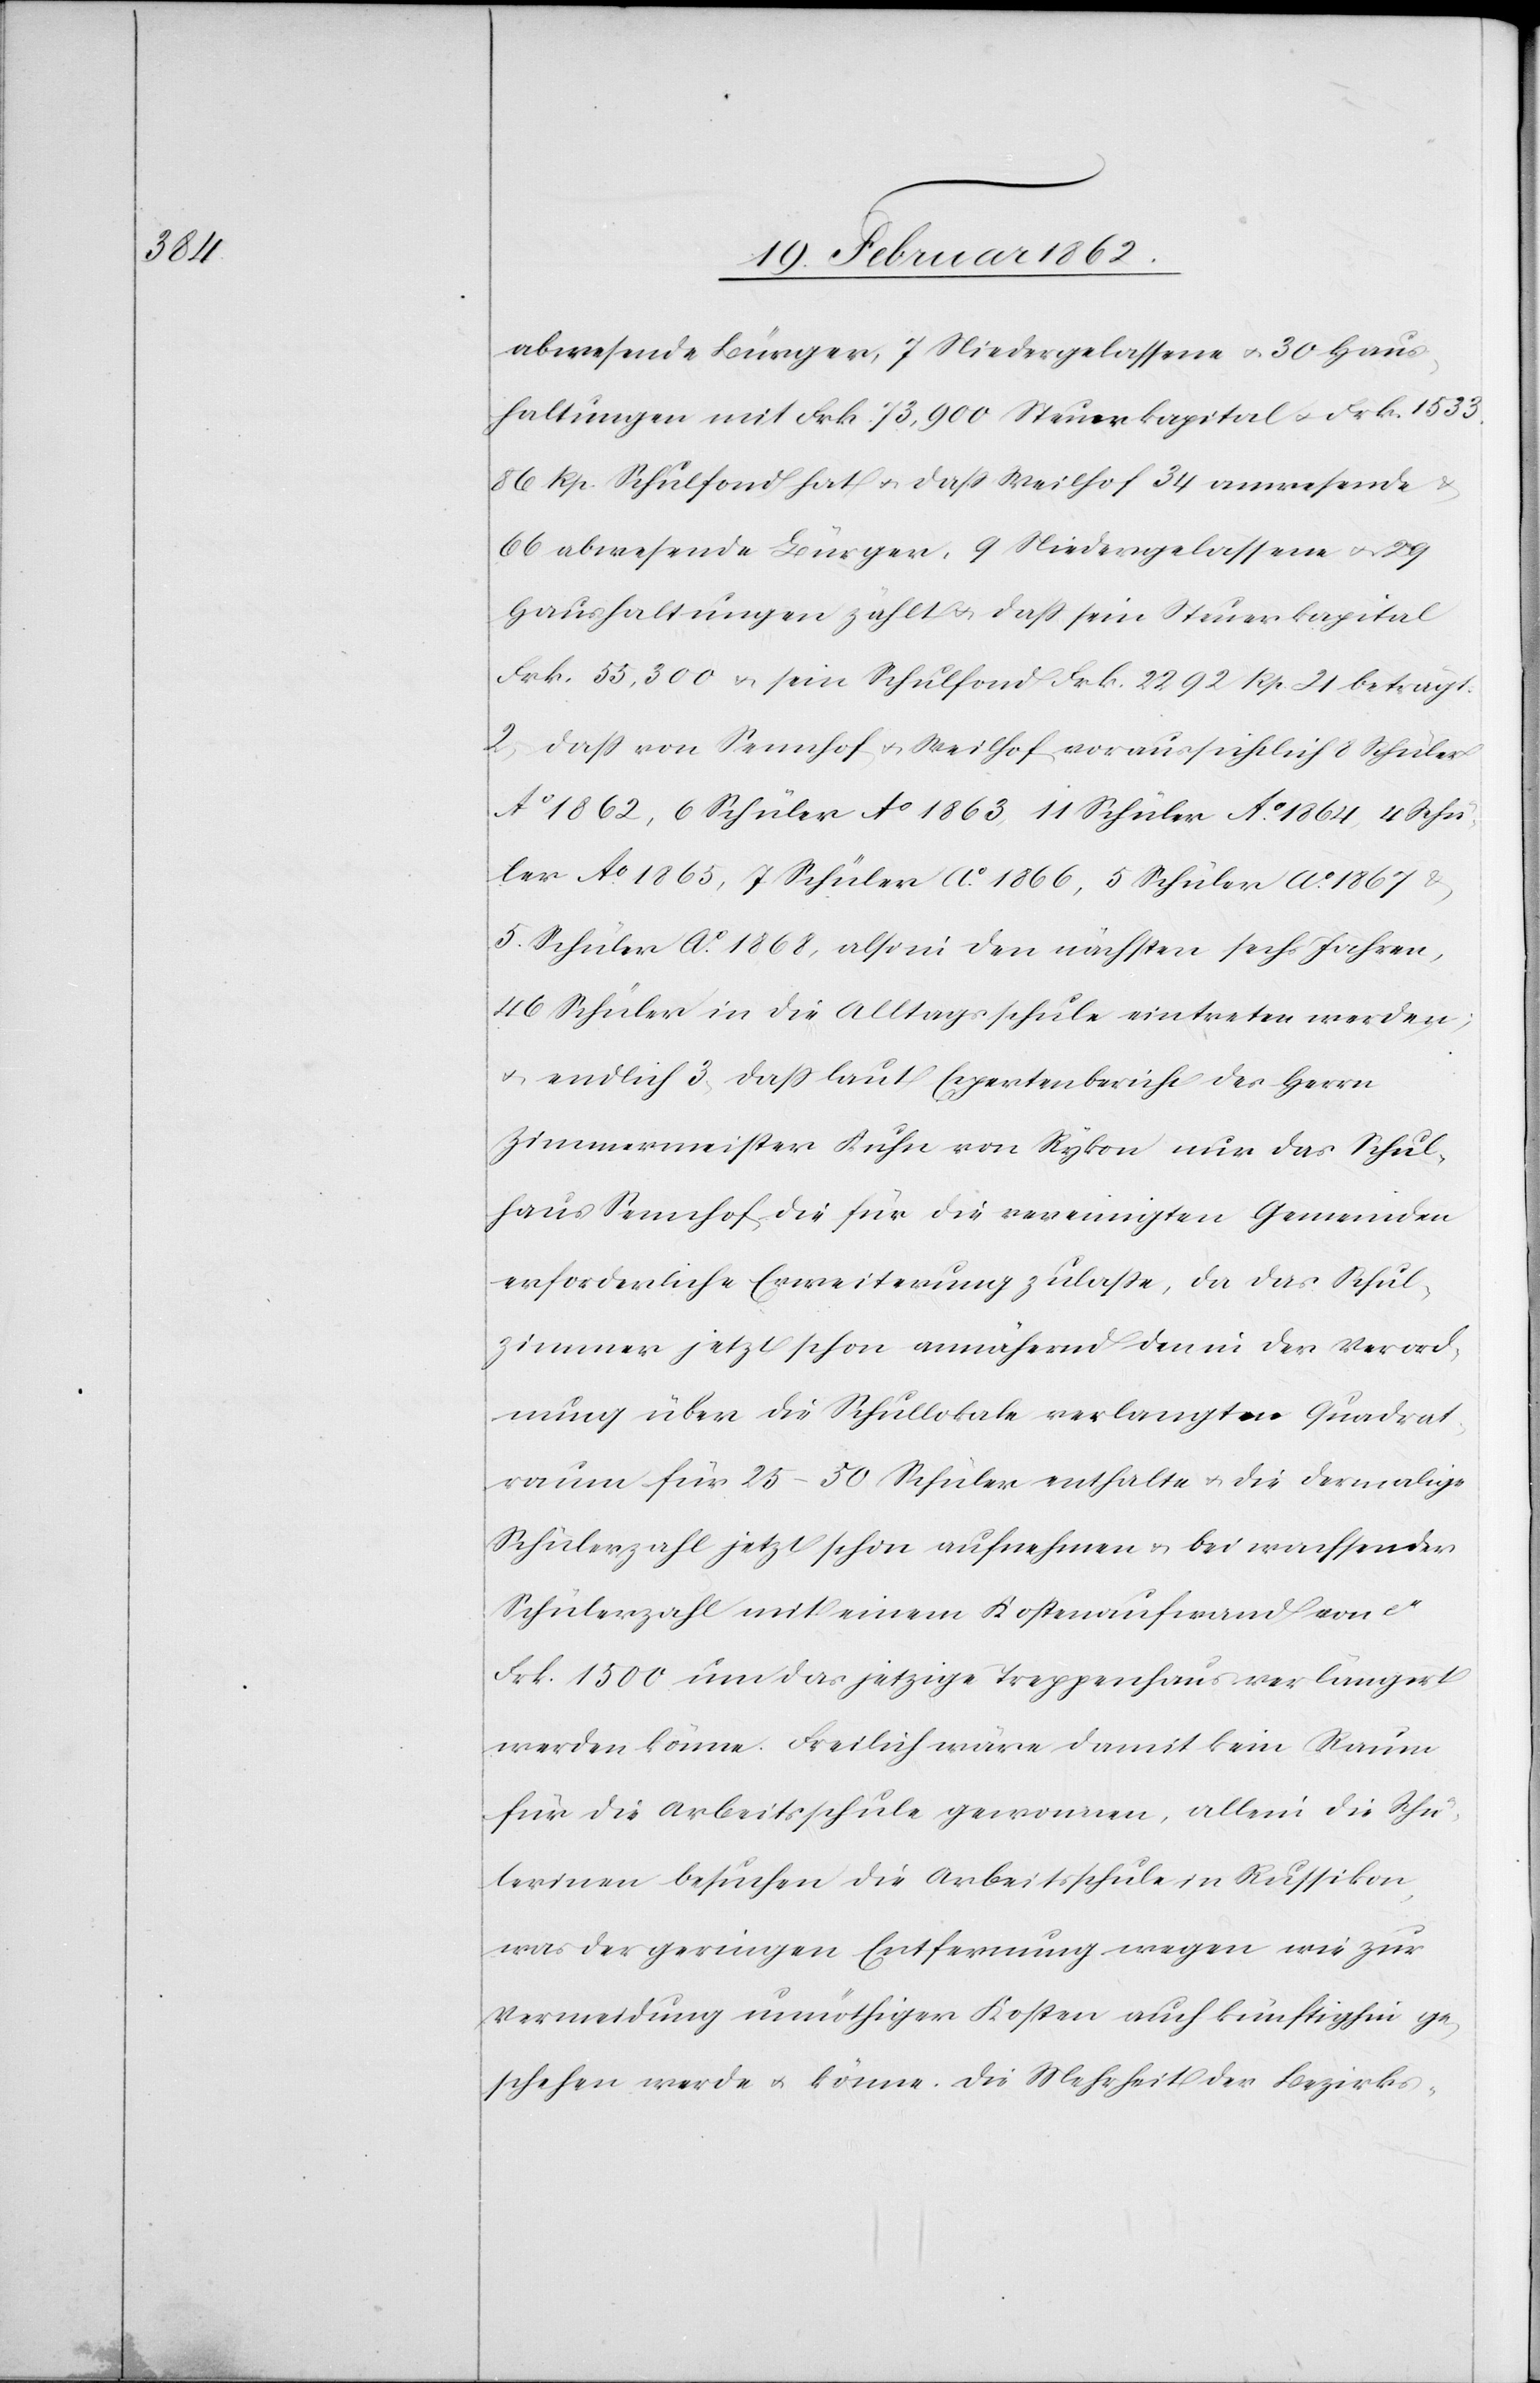
abwesende Bürger, 7 Niedergelassene u. 30 Haus¬
haltungen mit Frk. 73,900 Steuerkapital u. Frk. 1533.
86 Rp. Schulfond hat u. daß Weilhof 34 anwesende
66 abwesende Bürger, 9 Niedergelassene u. 29
Haushaltungen zählt u. daß sein Steuerkapital
Frk. 55,300 & sein Schulfond Frk. 2292 Rp. 21 beträgt.
2) daß von Sennhof u. Weilhof voraussichtlich 8 Schüler
Ao 1862, 6 Schüler Ao 1863, 11 Schüler Ao 1864, 4 Schü¬
ler Ao 1865, 7 Schüler Ao 1866, 5 Schüler Ao 1867 &
5 Schüler Ao 1868, also in den nächsten sechs Jahren,
46 Schüler in die Alltagsschule eintreten werden;
u. endlich 3) daß laut Expertenbericht des Herrn
Zimmermeister Kuhn von Rykon nur das Schul¬
haus Sennhof die für die vereinigten Gemeinden
erforderliche Erweiterung zulaße, da das Schul¬
zimmer jetzt schon annähernd den in der Verord¬
nung über die Schullokale verlangten Quadrat¬
raum für 25 – 50 Schüler enthalte u. die dermalige
Schülerzahl jetzt schon aufnehmen & bei wachsender
Schülerzahl mit einem Kostenaufwand von
Frk. 1500 um das jetzige Treppenhaus verlängert
werden könne. Freilich wäre damit kein Raum
für die Arbeitsschule gewonnen, allein die Schü¬
lerinen besuchen die Arbeitsschule in Russikon,
was der geringen Entfernung wegen wie zur
Vermeidung unnöthiger Kosten auch künftighin ge¬
schehen werde u. könne. Die Mehrheit der Bezirks-